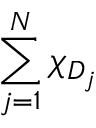
\sum _ { j = 1 } ^ { N } \chi _ { D _ { j } }